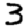
Digit: 3